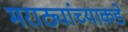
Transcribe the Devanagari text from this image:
मराठ्यांच्याकडे